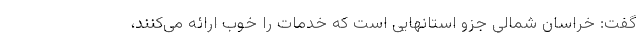
گفت: خراسان شمالی جزو استانهایی است که خدمات را خوب ارائه می‌کنند،